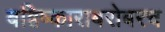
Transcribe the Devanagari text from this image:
बहिष्काराबरोबरच